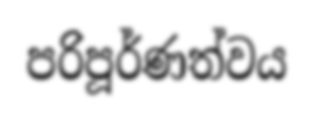
පරිපූර්ණත්වය